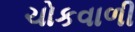
ચોકવાળી